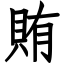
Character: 賄